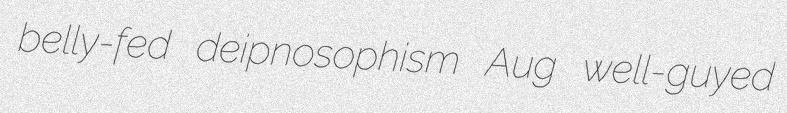
belly-fed deipnosophism Aug well-guyed